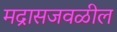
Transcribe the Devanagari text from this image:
मद्रासजवळील